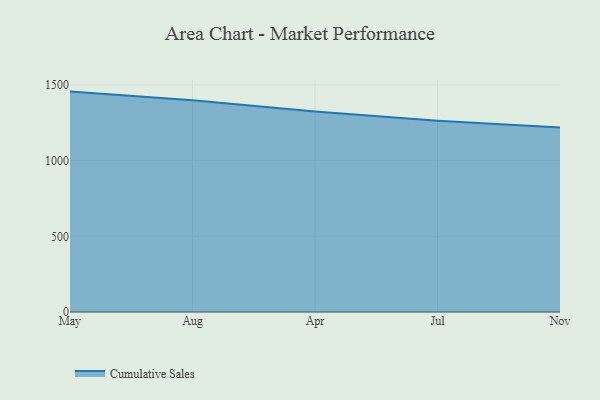
{"axis": {"x": "Month", "y": "Backlog"}, "legend": ["Cumulative Sales"], "data": [{"x": "May", "y": 1455.7, "type": "Cumulative Sales"}, {"x": "Aug", "y": 1398.4, "type": "Cumulative Sales"}, {"x": "Apr", "y": 1324.9, "type": "Cumulative Sales"}, {"x": "Jul", "y": 1263.9, "type": "Cumulative Sales"}, {"x": "Nov", "y": 1218.1, "type": "Cumulative Sales"}]}